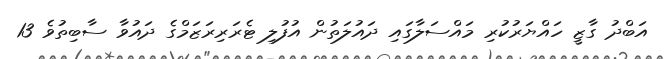
އަބްދު ގާޒީ ހައްޔަރުކުރި މައްސަލާގައި ދައުލަތުން އުފުލި ޓެރަރިރަޒަމްގެ ދައުވާ ސާބިތުވެ 13